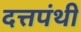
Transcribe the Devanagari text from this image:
दत्तपंथी